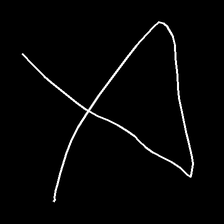
Glyph: collection